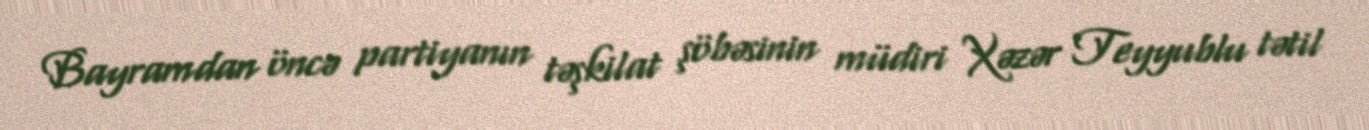
Bayramdan öncə partiyanın təşkilat şöbəsinin müdiri Xəzər Teyyublu tətil